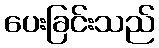
ပေးခြင်းသည်